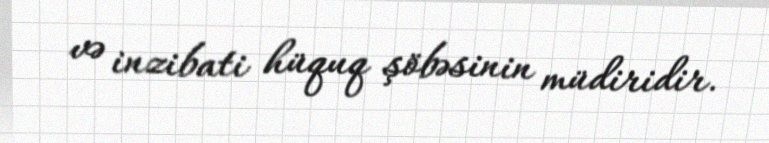
və inzibati hüquq şöbəsinin müdiridir.